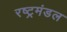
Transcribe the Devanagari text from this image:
रष्ट्रमंडल